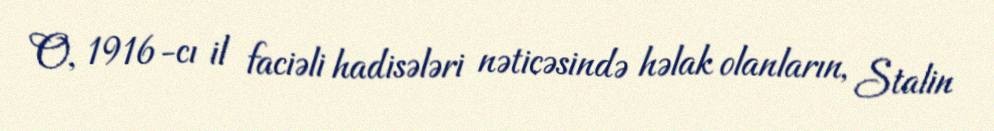
O, 1916-cı il faciəli hadisələri nəticəsində həlak olanların, Stalin